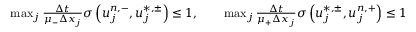
\begin{array} { r } { \operatorname* { m a x } _ { j } \frac { \Delta t } { \mu _ { - } \Delta x _ { j } } \sigma \left( u _ { j } ^ { n , - } , u _ { j } ^ { \ast , \pm } \right) \leq 1 , \qquad \operatorname* { m a x } _ { j } \frac { \Delta t } { \mu _ { + } \Delta x _ { j } } \sigma \left( u _ { j } ^ { \ast , \pm } , u _ { j } ^ { n , + } \right) \leq 1 } \end{array}